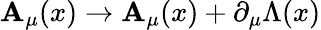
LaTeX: \mathbf{A}_{\mu}(x)\to\mathbf{A}_{\mu}(x)+\partial_{\mu}\Lambda(x)